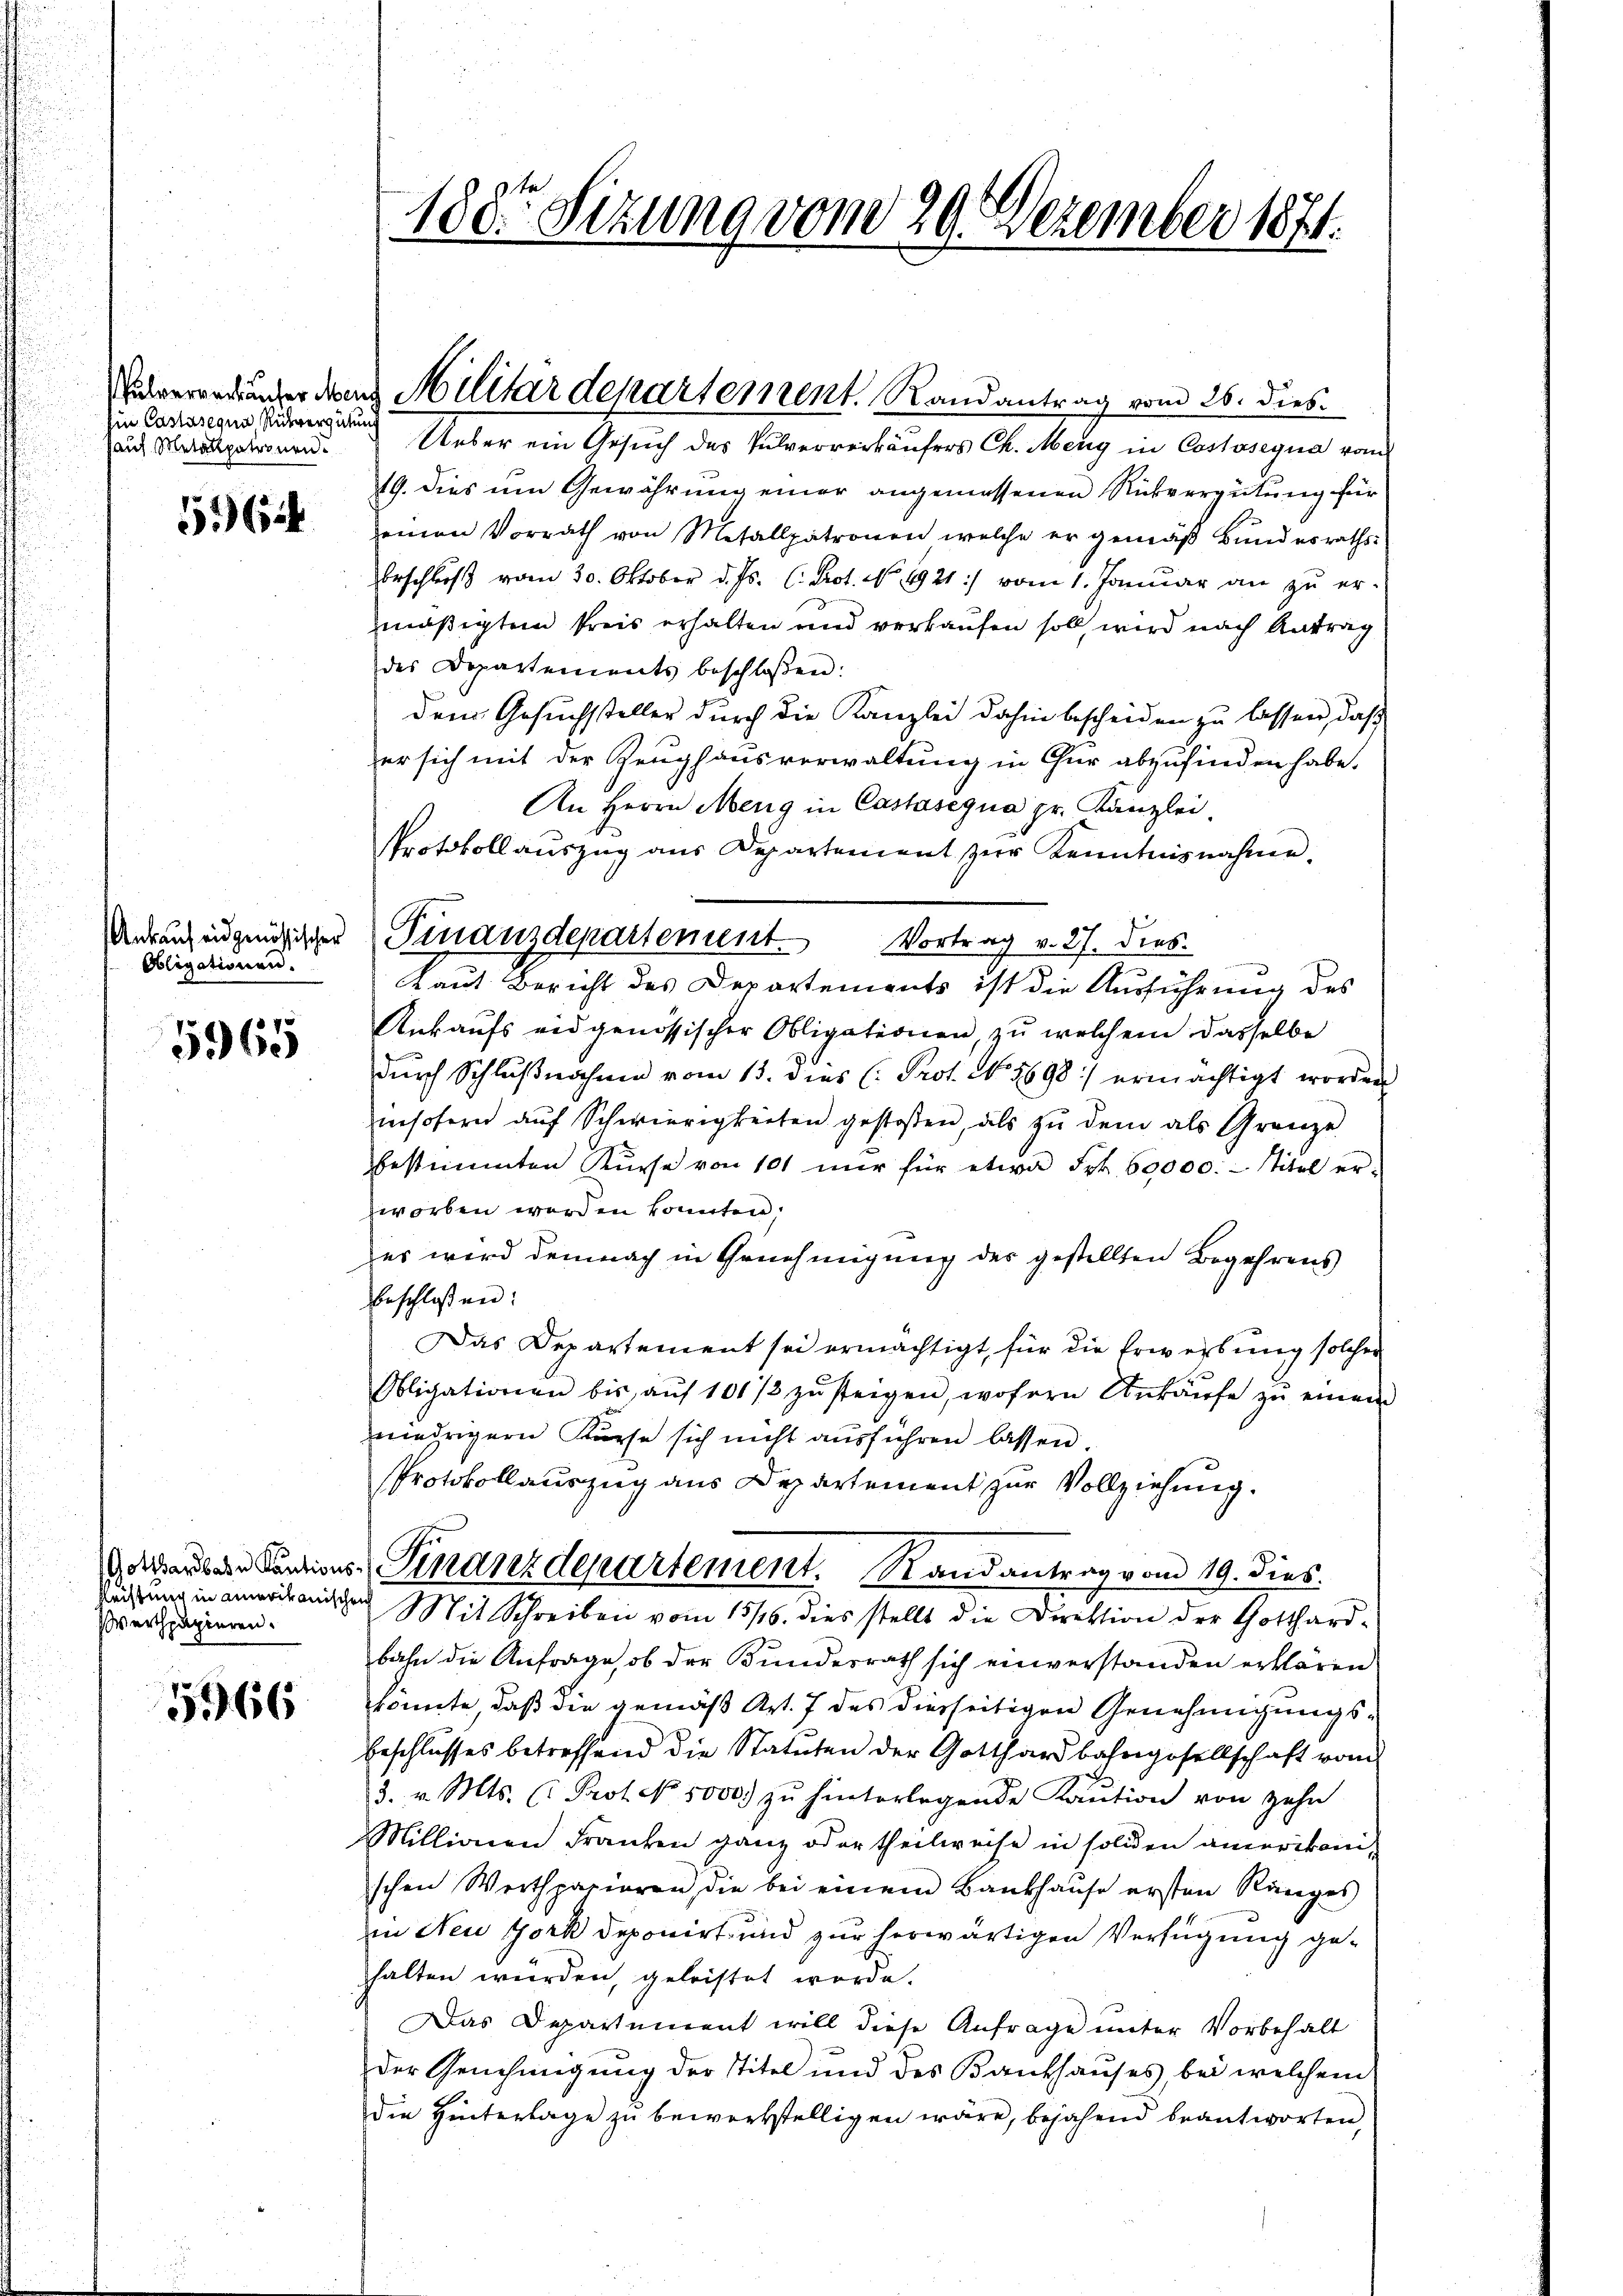
hin Castasequa, Rückvergütung
haus Metall patronen.

5644

Ankauf eidgenössischer
Obligationen.

5965

Leistung in amerikanischen
Werthpapieren.

5966

188te Sitzung vom 29. Dezember 1874.

ververänder den Militärdepartement. Randantrag vom 26. dies

Finanzdepartement. Vortrag v. 27. Dies

Ueber ein Gesuch des Pulververkäufers Ch. Meng in Cossosegna vom
19. dies um Gewährung einer angemessenen Rückvergütung für
einen Vorrath von Metallpatronen welche er gemäβ Bŭndesraths-
beschluß vom 30. Oktober d. Js. (: Prot. No. 1921 :/ vom 1. Januar an zŭ er-
zmäßigtem Preis erhalten und verkaufen soll, wird nach Antrag
des Departements beschlossen:
dem Gesuchssteller durch die Kanzlei dahin bescheiden zu lassen, daß
er sich mit der Zeughausverwaltung in Chur abzufinden habe.
An Herrn Meng in Castasegua pr. Kanzlei
Protokollauszug aus Departement zur Kenntnisnahme.
Laut Bericht des Departements ist die Ausführung des
Ankaufs eidgenössischer Obligationen, zu welchem dasselbe
durch Schlußnahme vom 13. dies (: Prot. No. 5698:/ ermächtigt worden
insofern aŭf Schwierigkeiten gestoßen, als zŭ dem als Grenze
bestimmten Kŭrse von 10t nŭr für etwa Frk. 60000.- Titel er-
zworben werden könnten,
es wird demnach in Genehmigung des gestellten Begehrens
beschloßen:
Das Departement sei ermächtigt, für die Erwerbung solcher
Obligationen bis aŭf 101 1/2 zŭ steigen, wofern Ankaŭfe zŭ einem
niedrigern Kurse sich nicht aŭsführen lassen
Protokollauszug aus Departement zur Vollziehung.
garanten Sentions-Finanzdepartement. Randantrag vom 19. dies
Mit Schreiben vom 13/16. dies stellt die Direktion der Gotthard-
bahn die Anfrage, ob der Bundesrath sich einverstanden erklären
könnte, daß die gemäß Art. 7 des diesseitigen Genehmigungs¬
Beschlusses betreffend die Statuten der Gotthardbahngesellschaft vom
3. v. Mts. (: Prot. No. 5000. zŭ hinterlegende Kaŭtion von zehn
Millionen Franken ganz oder theilweise in soliden amerikani-
schen Werthpapieren, die bei einem Bankhause ersten Ranges
in Neu York deponirt und zur herwärtigen Verfügung gehalten würden, geleistet werde.
Das Departement will diese Anfrage unter Vorbehalt
der Genehmigung der Titel und des Bankhauses, bei welchem
die Hinterlage zu bewerkstelligen wäre, bejahend beantworten,